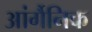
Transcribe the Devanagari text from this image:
आंर्गैनिक